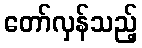
တော်လှန်သည့်